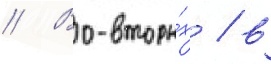
// Во-вторы́х / в